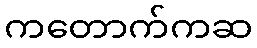
ကတောက်ကဆ